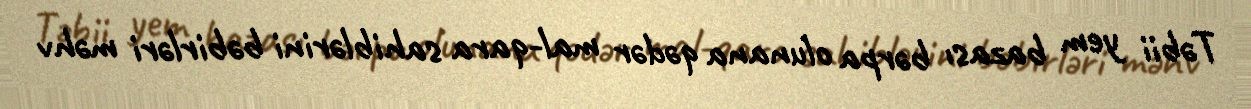
Təbii yem bazası bərpa olunana qədər mal-qara sahiblərini bəbirləri məhv